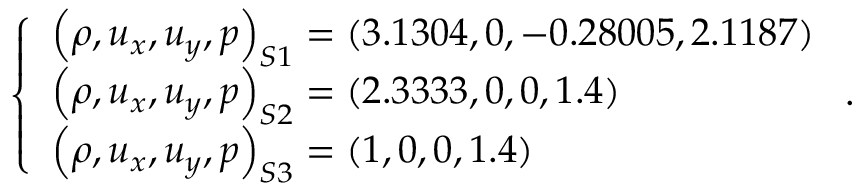
\begin{array} { r } { \left\{ \begin{array} { l } { { \left( { \rho , { u _ { x } } , { u _ { y } } , p } \right) _ { S 1 } } = \left( { 3 . 1 3 0 4 , 0 , - 0 . 2 8 0 0 5 , 2 . 1 1 8 7 } \right) } \\ { { \left( { \rho , { u _ { x } } , { u _ { y } } , p } \right) _ { S 2 } } = \left( { 2 . 3 3 3 3 , 0 , 0 , 1 . 4 } \right) } \\ { { \left( { \rho , { u _ { x } } , { u _ { y } } , p } \right) _ { S 3 } } = \left( { 1 , 0 , 0 , 1 . 4 } \right) } \end{array} \right. . } \end{array}